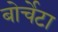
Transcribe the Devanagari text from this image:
बोर्चेटा